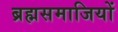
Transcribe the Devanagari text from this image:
ब्रह्मसमाजियों